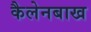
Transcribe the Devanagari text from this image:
कैलेनबाख